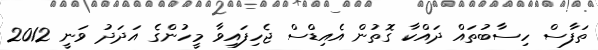
ތަފާސް ހިސާބުތައް ދައްކާ ގޮތުން އެއިޑްސް ޖެހިފައިވާ މީހުންގެ އަދަދު ވަނީ 2012